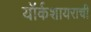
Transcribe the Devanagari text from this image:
यॉर्कशायराची